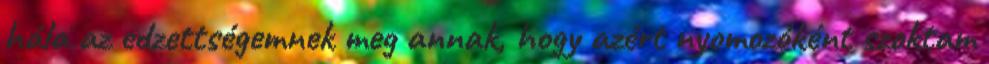
hála az edzettségemnek meg annak, hogy azért nyomozóként szoktam